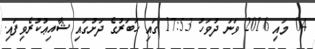
04 މައި 2016 ވަނަ ދުވަހު 17:53 ގައި ޚަބަރުގެ ދަށުގައި ޝާއިޢުކުރެވިފައި.